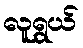
လူရွယ်